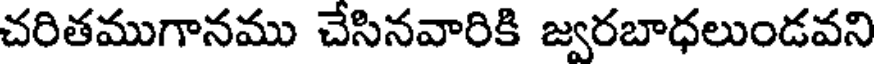
చరితముగానము చేసినవారికి జ్వరబాధలుండవని